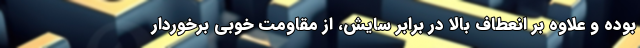
بوده و علاوه بر انعطاف بالا در برابر سایش، از مقاومت خوبی برخوردار